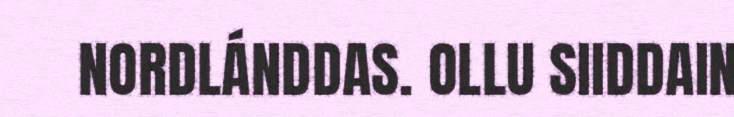
NORDLÁNDDAS. OLLU SIIDDAIN